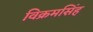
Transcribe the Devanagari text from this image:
विक्रमसिंह